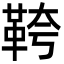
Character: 𩊓